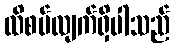
ထိစပ်လျက်ရှိပါသည်